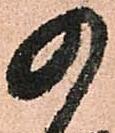
の